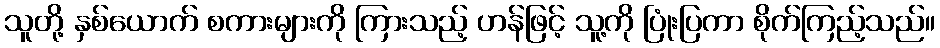
သူတို့ နှစ်ယောက် စကားများကို ကြားသည့် ဟန်ဖြင့် သူ့ကို ပြုံးပြကာ စိုက်ကြည့်သည်။